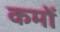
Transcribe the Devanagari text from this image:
कमों